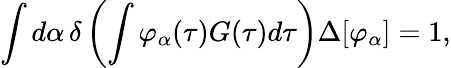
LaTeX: \int d\alpha\, \delta\left(\int\varphi_{\alpha}(\tau)G(\tau)d\tau\right)\Delta[\varphi_{\alpha}]=1,